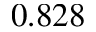
0 . 8 2 8